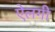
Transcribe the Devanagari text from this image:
ऐलगी